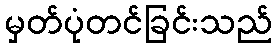
မှတ်ပုံတင်ခြင်းသည်